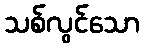
သစ်လွင်သော